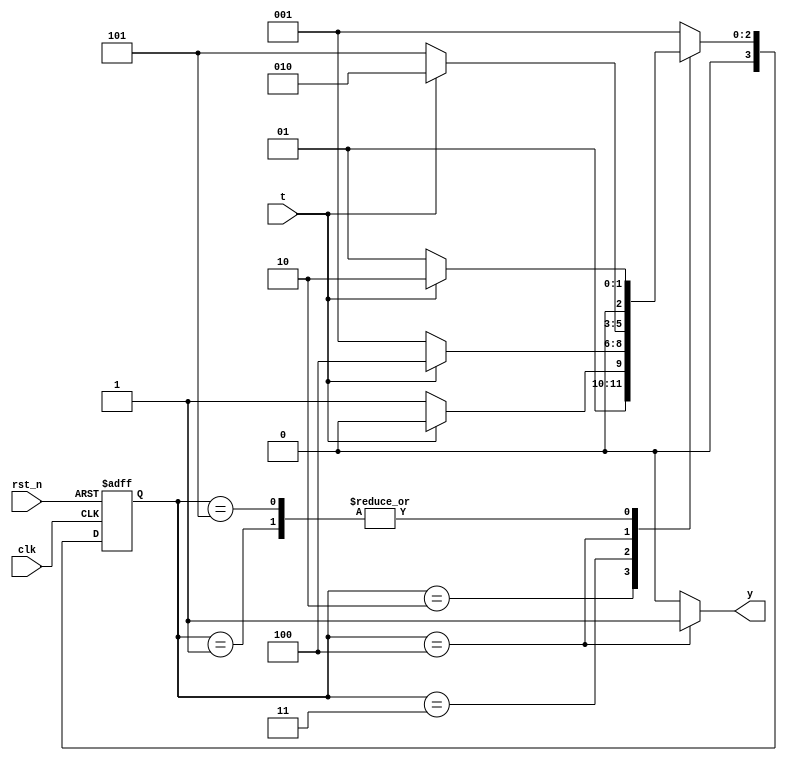
module moore_seqdet(input clk, rst_n, t, output y);
  parameter A = 4'h1;
  parameter B = 4'h2;
  parameter C = 4'h3;
  parameter D = 4'h4;
  parameter E = 4'h5; // extra to compare with mealy
  reg [3:0] state, next_state;
  always @(posedge clk or negedge rst_n) begin
    if(!rst_n) begin 
      state <= A;
    end
    else state <= next_state;
  end
  always @(state or t) begin
    case(state)
      A: begin
           if(t == 0) next_state = A;
           else       next_state = B;
         end
      B: begin
           if(t == 0) next_state = C;
           else       next_state = B;
         end
      C: begin
           if(t == 0) next_state = A;
           else       next_state = D;
         end
      D: begin
           if(t == 0) next_state = E;
           else       next_state = B;
         end
      E: begin
           if(t == 0) next_state = A;
           else       next_state = B; 
         end
      default: next_state = A;
    endcase
  end
  assign y = (state == D)? 1:0;
endmodule